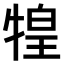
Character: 𤚝